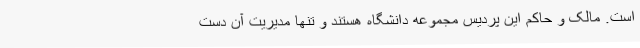
است. مالک و حاکم این پردیس مجموعه دانشگاه هستند و تنها مدیریت آن دست